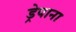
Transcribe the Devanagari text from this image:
ड्रेपाना